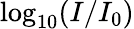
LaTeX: \log_{10}(I/I_{0})